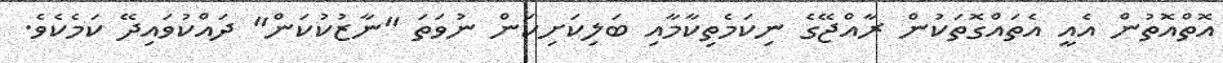
އޮތްއޮތުން އެއީ އެތައްގޮތަކުން ރާއްޖޭގެ ނިކަމެތިކާމާއި ބަލިކަށިކަން ނުވަތަ "ނާޒުކުކަން" ދައްކުވައިދޭ ކަމެކެވެ.